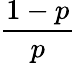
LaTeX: \frac{1-p}{p}